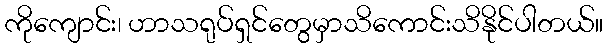
ကိုကျောင်း၊ ဟာသရုပ်ရှင်တွေမှာသိကောင်းသိနိုင်ပါတယ်။